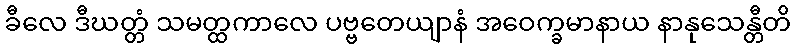
ခီလေ ဒီဃတ္တံ သမတ္ထကာလေ ပဗ္ဗတေယျာနံ အဝေက္ခမာနာယ နာနုသေန္တီတိ